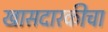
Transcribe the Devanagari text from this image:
खासदारकीचा